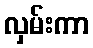
လှမ်းကာ